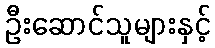
ဦးဆောင်သူများနှင့်